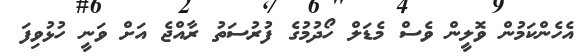
އެހެންކަމުން ވޮލީން ވެސް މެޑަލް ހޯދުމުގެ ފުރުސަތު ރާއްޖެ އަށް ވަނީ ހުޅުވިފަ